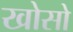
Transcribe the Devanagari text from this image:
खोसो